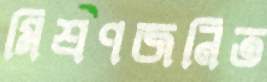
মিশ্রণজনিত